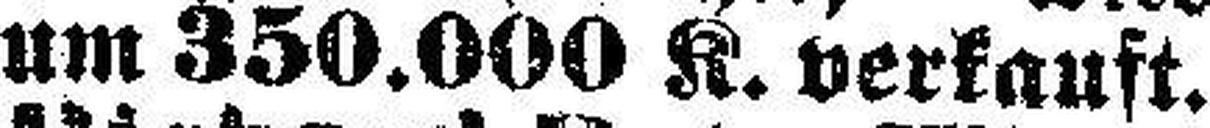
um 350.000 K. verkauft.